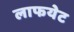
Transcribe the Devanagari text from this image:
लाफयेट